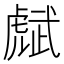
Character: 𧇭